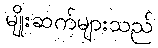
မျိုးဆက်များသည်